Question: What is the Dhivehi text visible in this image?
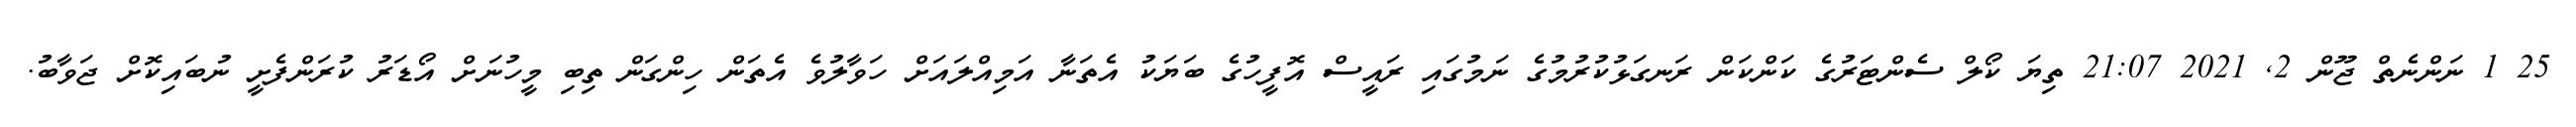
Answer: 25 1 ނަންނެތް ޖޫން 2, 2021 21:07 ތިޔަ ކޯލް ސެންޓަރުގެ ކަންކަން ރަނގަޅުކުރުމުގެ ނަމުގައި ރައީސް އޮފީހުގެ ބަޔަކު އެތަނާ އަމިއްލައަށް ހަވާލުވެ އެތަން ހިންގަން ތިބި މީހުނަށް އޯޑަރު ކުރަންފެށީ ނުބައިކޮށް ޖަވާބު.